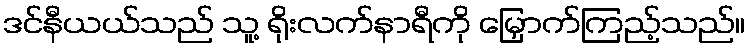
ဒင်နီယယ်သည် သူ့ ရိုးလက်နာရီကို မြှောက်ကြည့်သည်။